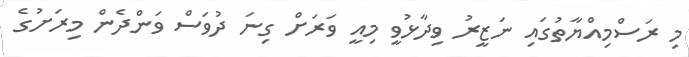
މި ރަސްމިއްޔާތުގައި ނަޒީރު ވިދާޅުވީ މިއީ ވަރަށް ގިނަ ދުވަސް ވަންދެން މިރަށުގެ